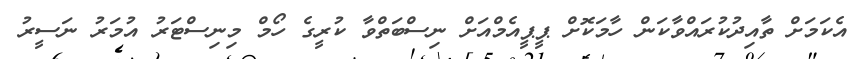
އެކަމަށް ތާއިދުކުރައްވާކަން ހާމަކޮށް ޕީޕީއެމްއަށް ނިސްބަތްވާ ކުރީގެ ހޯމް މިނިސްޓަރު އުމަރު ނަސީރު